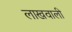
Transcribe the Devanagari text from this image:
लाखवाली